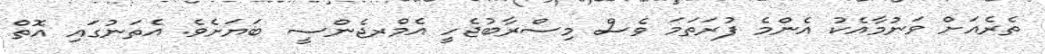
ތެރެއަށް ވަނުމާއެކު އެންމެ ފުރަތަމަ ވެސް މިސްރާބުޖެހީ އެމްރޖެންސީ ބަޔަށެވެ. އެތަނުގައި އޮތް